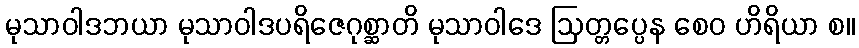
မုသာဝါဒဘယာ မုသာဝါဒပရိဇေဂုစ္ဆာတိ မုသာဝါဒေ ဩတ္တပ္ပေန စေဝ ဟိရိယာ စ။